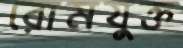
রোমযুক্ত